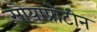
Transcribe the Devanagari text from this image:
सोयाप्रोटीन